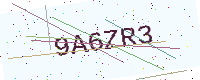
Text: 9A6ZR3